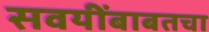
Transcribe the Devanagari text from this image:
सवयींबाबतचा